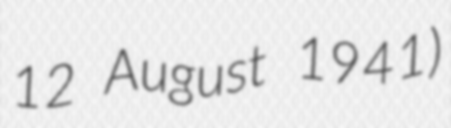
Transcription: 12 August 1941)